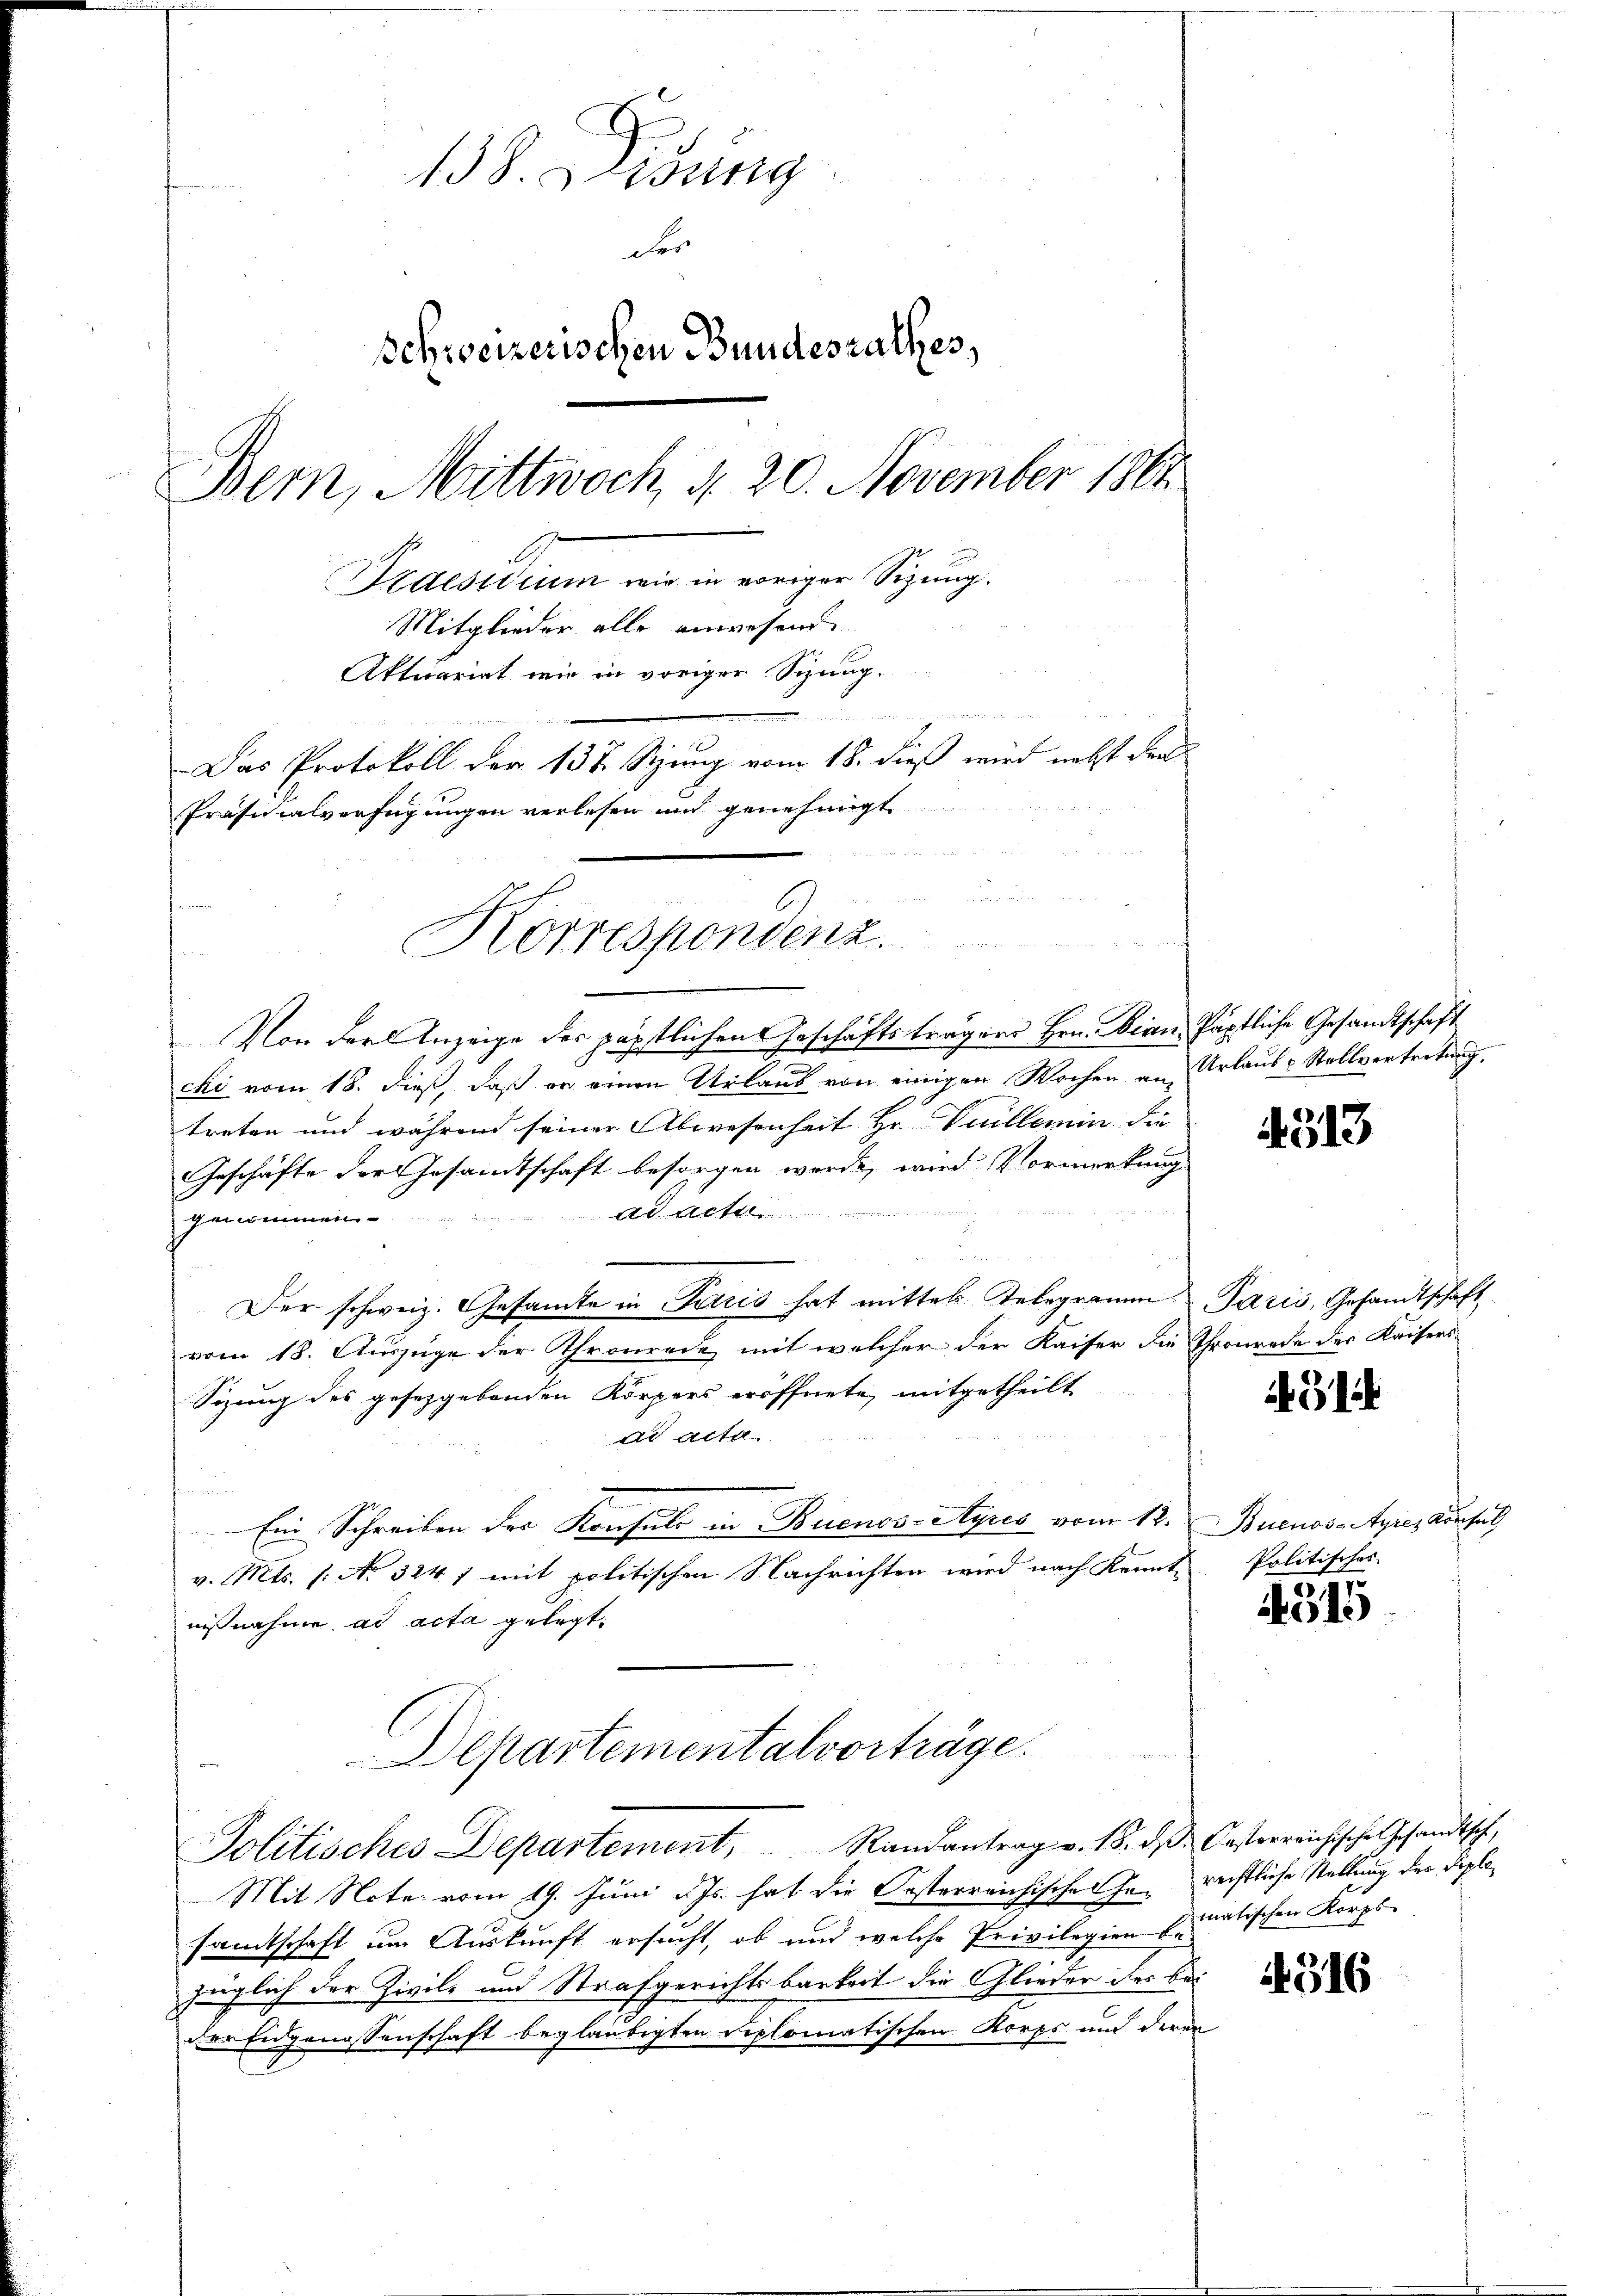
138. Lesung
der
Schweizerischen Bundesrathes,
Bern, Mittwoch, d. 20. November 1864
Praesidium wir in vorigen Sizung.
Mitglieder alle anwesend
Aktuariat wie in voriger Schang.

Das Protokoll der 137. Szung vom 18. dieß wird nebst den
Präsidialverfügungen verlesen und genehmigt

Von der Anzeige des päpstlichen Geschäftsträgers Hrn. Dian Päptliche Gesandtschaft
chi vom 18. dieß, daß er einen Urlaub von einigen Wochen an Urlaube Stellvertretung.
treten und während seiner Abwesenheit Hr. Viellemin die
Geschäfte der Gesamtschaft besorgen werde, wird Vormerkung
A
genommen
.
Der schweiz. Gesamte in Paris hat mittel Telegramm Paris, Gesandtschaft
vom 18. Auszuge der Thronrede, mit welcher der Kaiser die Thronrede der Kaisers
Sizung des gesetzgebenden Körpers eröffnete mitgetheilt
dd acta
Ein Schreiben der Konsuls in Buenos-Ayres vom 12. Buenos-Ayres Konsul
v. Mts. (: No 324 f mit politischen Nachrichten wird nach Kenntnißnahme ad acta gelegt.
Departementalvorträge.
Politisches Departement, Randantrag v. 18. ds. Casterreichische Gesandtsch,
Mit Note vom 19. Juni d. Js. hat die Oesterreichische Gerechtliche Stellung des Diplosamtschaft um Auskunft ersucht, ob und welche Privilegien Immatischen Korps
züglich der Zivil- und Strafgerichtsbarkeit die Glieder des bei
der Eidgenossenschaft beglaubigten Diplomatischen Korps und deren

6
u
Korrespondenz.

4513

G1

Politisches

4315

1316